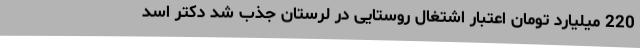
220 میلیارد تومان اعتبار اشتغال روستایی در لرستان جذب شد دکتر اسد